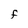
Character: f